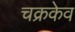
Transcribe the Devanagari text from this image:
चक्रकेव